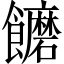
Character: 饝